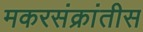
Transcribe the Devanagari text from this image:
मकरसंक्रांतीस